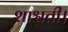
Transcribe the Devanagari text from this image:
शाश्वती।